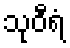
သုဝီရံ